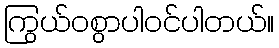
ကြွယ်ဝစွာပါဝင်ပါတယ်။